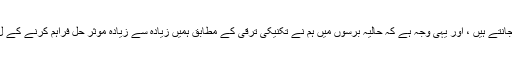
ہم میں سے بہت سے لوگ گوگل ارتھ ٹول کو جانتے ہیں ، اور یہی وجہ ہے کہ حالیہ برسوں میں ہم نے تکنیکی ترقی کے مطابق ہمیں زیادہ سے زیادہ موثر حل فراہم کرنے کے ل its ، اس کے دلچسپ ارتقا کا مشاہدہ کیا ہے۔